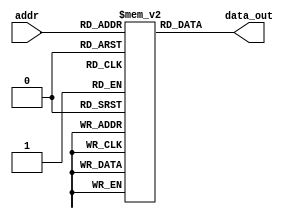
`timescale 1ns / 1ps
//////////////////////////////////////////////////////////////////////////////////
// Company: 
// Engineer: 
// 
// Design Name: 
// Module Name: InstMem
// Project Name: 
// Target Devices: 
// Tool Versions: 
// Description: 
// 
// Dependencies: 
// 
// Revision:
// Revision 0.01 - File Created
// Additional Comments:
// 
//////////////////////////////////////////////////////////////////////////////////


module InstMem (input [9:0] addr, output [31:0] data_out);
 reg [31:0] mem [0:1023];
 assign data_out = mem[addr];
 

initial begin
//    mem[0] = 32'h00a00093;//addi x1, x0, 10 //10
//    mem[1] = 32'b11111111101100001000000010010011;//addi x1, x1, -5 //5
//    mem[2] = 32'b00000000011100001111000100010011;//andi x2, x1, 7  //5
//    mem[3] = 32'b00000000001000001110000110010011;//ori x3, x1, 2 //7
//    mem[4] = 32'b00000000101000010010001000010011;//slti x4, x2, 10 //1
//    mem[5] = 32'b00000000000000010010001010010011;//slti x5, x2, 0 //0
//    mem[6] = 32'b11111111101000010011001100010011;//sltiu x6, x2, -6 //1
//    mem[7] = 32'b11111111110000010011001110010011;//sltiu x7, x2, -4 //1 
//    mem[8] = 32'b00000000110100010100010000010011;//xori x8, x2, 13 //8
//    mem[9] = 32'b00000000001000010001010010010011;//slli x9, x2, 2 //20
//    mem[10] = 32'b00000000001000010101010100010011;//srli x10, x2, 2 //1
//    mem[11] = 32'b11111111111000000000010110010011;//addi x11, x0, -2 //-2
//    mem[12] = 32'b01000000000101011101011000010011;//srai x12, x11, 1 //-1   
    
    
//    mem[13] = 32'b00000000010100000000000010010011;//addi x1, x0, 5 //5
//    mem[14] = 32'b00000000001100000000000100010011;//addi x2, x0, 3 //3
//    mem[15] = 32'b00000000001000001000000110110011;//add x3, x1, x2  //8
//    mem[16] = 32'b01000000001000001000001000110011;//sub x4, x1, x2 //2
//    mem[17] = 32'b00000000001000001001001010110011;//sll x5, x1, x2 //40
//    mem[18] = 32'b00000000001000001101001100110011;//srl x6, x1, x2 //0
//    mem[19] = 32'h4013d43;//sra x8, x7, x1 //0 ?
//    mem[20] = 32'h0020f4b3;//and x9, x1, x2 //1
//    mem[21] = 32'h0x0020e533;//or x10, x1, x2 //7
//    mem[22] = 32'h0x0020c5b3;//xor x11, x1, x2 //6
//    mem[23] = 32'h0x00112633;//slt x12, x2, x1 //1
//    mem[24] = 32'h0x0070b6b3;//sltu x13, x1, x7 //0  
                 
                 
//    mem[25] = 32'h0x0002a0b7;//lui x1, 42 //172032
                 
                 
//    mem[26] = 32'h00102823;//sw x1, 16(x0) //172032
//    mem[27] = 32'h00201a23;//sh x2, 20(x0) //3
//    mem[28] = 32'h00300c23;//sb x3, 24(x0) //8
//    mem[29] = 32'h01002083;// lw x1, 16(x0)  // 5
//    mem[30] = 32'h01401103;// lh x2, 20(x0)  // 3
//    mem[31] = 32'h01800183;// lb x3, 24(x0)  // 8
//    mem[32] = 32'h01805203;// lhu x4,24(x0)  // 8
//    mem[33] = 32'h01804283;// lbu x5,24(x0)  // 8  
//    mem[34] = 32'h00090517; // auipc x10, 144//589960 
//    mem[35] = 32'h008000ef; //jal x1,8 //
//    mem[36] = 32'h00b50e63; // fence 
//    mem[37] = 32'h08b50c63; //beq x10, x11, 152 //no jump
//    mem[38] = 32'h00b51463;//bne x10, x11, 8 //jump
//    mem[39] = 32'h00000073; // ecall 
//    mem[40] = 32'h01700b93; //addi x23, x0,23 //23
//    mem[41] = 32'h06b65063; // bge x12, x11, 96 //no jump
//    mem[42] = 32'h04c5ce63; //blt x11, x12, 92 //no jump
//    mem[43] = 32'h04b67c63; //bgeu x12, x11, 88 //no jump
//    mem[44] = 32'h04c5ea63; //bltu x11, x12, 84 //no jump
//    mem[45] = 32'h00100073;// ebreak
//    mem[46] = 32'h00008067; // jalr x0, 0(x1) 


//mem[0]  = 32'h00a00093; // addi x1, x0, 10 //10
//mem[1]  = 32'b0000000_00000_00000_000_00000_0110011; // noop
//mem[2]  = 32'b0000000_00000_00000_000_00000_0110011; // noop
//mem[3]  = 32'b0000000_00000_00000_000_00000_0110011; // noop
//mem[4]  = 32'b11111111101100001000000010010011; // addi x1, x1, -5 //5
//mem[5]  = 32'b0000000_00000_00000_000_00000_0110011; // noop
//mem[6]  = 32'b0000000_00000_00000_000_00000_0110011; // noop
//mem[7]  = 32'b0000000_00000_00000_000_00000_0110011; // noop
//mem[8]  = 32'b00000000011100001111000100010011; // andi x2, x1, 7  //5
//mem[9]  = 32'b0000000_00000_00000_000_00000_0110011; // noop
//mem[10] = 32'b0000000_00000_00000_000_00000_0110011; // noop
//mem[11] = 32'b0000000_00000_00000_000_00000_0110011; // noop
//mem[12] = 32'b00000000001000001110000110010011; // ori x3, x1, 2 //7
//mem[13] = 32'b0000000_00000_00000_000_00000_0110011; // noop
//mem[14] = 32'b0000000_00000_00000_000_00000_0110011; // noop
//mem[15] = 32'b0000000_00000_00000_000_00000_0110011; // noop
//mem[16] = 32'b00000000101000010010001000010011; // slti x4, x2, 10 //1
//mem[17] = 32'b0000000_00000_00000_000_00000_0110011; // noop
//mem[18] = 32'b0000000_00000_00000_000_00000_0110011; // noop
//mem[19] = 32'b0000000_00000_00000_000_00000_0110011; // noop
//mem[20] = 32'b00000000000000010010001010010011; // slti x5, x2, 0 //0
//mem[21] = 32'b0000000_00000_00000_000_00000_0110011; // noop
//mem[22] = 32'b0000000_00000_00000_000_00000_0110011; // noop
//mem[23] = 32'b0000000_00000_00000_000_00000_0110011; // noop
//mem[24] = 32'b11111111101000010011001100010011; // sltiu x6, x2, -6 //1
//mem[25] = 32'b0000000_00000_00000_000_00000_0110011; // noop
//mem[26] = 32'b0000000_00000_00000_000_00000_0110011; // noop
//mem[27] = 32'b0000000_00000_00000_000_00000_0110011; // noop
//mem[28] = 32'b11111111110000010011001110010011; // sltiu x7, x2, -4 //1
//mem[29] = 32'b0000000_00000_00000_000_00000_0110011; // noop
//mem[30] = 32'b0000000_00000_00000_000_00000_0110011; // noop
//mem[31] = 32'b0000000_00000_00000_000_00000_0110011; // noop
//mem[32] = 32'b00000000110100010100010000010011; // xori x8, x2, 13 //8
//mem[33] = 32'b0000000_00000_00000_000_00000_0110011; // noop
//mem[34] = 32'b0000000_00000_00000_000_00000_0110011; // noop
//mem[35] = 32'b0000000_00000_00000_000_00000_0110011; // noop
//mem[36] = 32'b00000000001000010001010010010011; // slli x9, x2, 2 //20
//mem[37] = 32'b0000000_00000_00000_000_00000_0110011; // noop
//mem[38] = 32'b0000000_00000_00000_000_00000_0110011; // noop
//mem[39] = 32'b0000000_00000_00000_000_00000_0110011; // noop
//mem[40] = 32'b00000000001000010101010100010011; // srli x10, x2, 2 //1
//mem[41] = 32'b0000000_00000_00000_000_00000_0110011; // noop
//mem[42] = 32'b0000000_00000_00000_000_00000_0110011; // noop
//mem[43] = 32'b0000000_00000_00000_000_00000_0110011; // noop
//mem[44] = 32'b11111111111000000000010110010011; // addi x11, x0, -2 //-2
//mem[45] = 32'b0000000_00000_00000_000_00000_0110011; // noop
//mem[46] = 32'b0000000_00000_00000_000_00000_0110011; // noop
//mem[47] = 32'b0000000_00000_00000_000_00000_0110011; // noop
//mem[48] = 32'b01000000000101011101011000010011; // srai x12, x11, 1 //-1
//mem[49] = 32'b0000000_00000_00000_000_00000_0110011; // noop
//mem[50] = 32'b0000000_00000_00000_000_00000_0110011; // noop
//mem[51] = 32'b0000000_00000_00000_000_00000_0110011; // noop
//mem[52] = 32'b00000000010100000000000010010011; // addi x1, x0, 5 //5
//mem[53] = 32'b0000000_00000_00000_000_00000_0110011; // noop
//mem[54] = 32'b0000000_00000_00000_000_00000_0110011; // noop
//mem[55] = 32'b0000000_00000_00000_000_00000_0110011; // noop
//mem[56] = 32'b00000000001100000000000100010011; // addi x2, x0, 3 //3
//mem[57] = 32'b0000000_00000_00000_000_00000_0110011; // noop
//mem[58] = 32'b0000000_00000_00000_000_00000_0110011; // noop
//mem[59] = 32'b0000000_00000_00000_000_00000_0110011; // noop
//mem[60] = 32'b00000000001000001000000110110011; // add x3, x1, x2  //8
//mem[61] = 32'b0000000_00000_00000_000_00000_0110011; // noop
//mem[62] = 32'b0000000_00000_00000_000_00000_0110011; // noop
//mem[63] = 32'b0000000_00000_00000_000_00000_0110011; // noop
//mem[64] = 32'b01000000001000001000001000110011; // sub x4, x1, x2 //2
//mem[65] = 32'b0000000_00000_00000_000_00000_0110011; // noop
//mem[66] = 32'b0000000_00000_00000_000_00000_0110011; // noop
//mem[67] = 32'b0000000_00000_00000_000_00000_0110011; // noop
//mem[68] = 32'b00000000001000001001001010110011; // sll x5, x1, x2 //40
//mem[69] = 32'b0000000_00000_00000_000_00000_0110011; // noop
//mem[70] = 32'b0000000_00000_00000_000_00000_0110011; // noop
//mem[71] = 32'b0000000_00000_00000_000_00000_0110011; // noop
//mem[72] = 32'b00000000001000001101001100110011; // srl x6, x1, x2 //0
//mem[73] = 32'b0000000_00000_00000_000_00000_0110011; // noop
//mem[74] = 32'b0000000_00000_00000_000_00000_0110011; // noop
//mem[75] = 32'b0000000_00000_00000_000_00000_0110011; // noop
//mem[76] = 32'h4013d433; // sra x8, x7, x1 //0 
//mem[77] = 32'b0000000_00000_00000_000_00000_0110011; // noop
//mem[78] = 32'b0000000_00000_00000_000_00000_0110011; // noop
//mem[79] = 32'b0000000_00000_00000_000_00000_0110011; // noop
//mem[80] = 32'h0020f4b3; // and x9, x1, x2 //1
//mem[81]  = 32'b0000000_00000_00000_000_00000_0110011; // noop
//mem[82]  = 32'b0000000_00000_00000_000_00000_0110011; // noop
//mem[83]  = 32'b0000000_00000_00000_000_00000_0110011; // noop
//mem[84]  = 32'h0020e533; // or x10, x1, x2 //7
//mem[85]  = 32'b0000000_00000_00000_000_00000_0110011; // noop
//mem[86]  = 32'b0000000_00000_00000_000_00000_0110011; // noop
//mem[87]  = 32'b0000000_00000_00000_000_00000_0110011; // noop
//mem[88]  = 32'h0020c5b3; // xor x11, x1, x2 //6
//mem[89]  = 32'b0000000_00000_00000_000_00000_0110011; // noop
//mem[90]  = 32'b0000000_00000_00000_000_00000_0110011; // noop
//mem[91]  = 32'b0000000_00000_00000_000_00000_0110011; // noop
//mem[92]  = 32'h00112633; // slt x12, x2, x1 //1
//mem[93]  = 32'b0000000_00000_00000_000_00000_0110011; // noop
//mem[94]  = 32'b0000000_00000_00000_000_00000_0110011; // noop
//mem[95]  = 32'b0000000_00000_00000_000_00000_0110011; // noop
//mem[96]  = 32'h0070b6b3; // sltu x13, x1, x7 //0
//mem[97]  = 32'b0000000_00000_00000_000_00000_0110011; // noop
//mem[98]  = 32'b0000000_00000_00000_000_00000_0110011; // noop
//mem[99]  = 32'b0000000_00000_00000_000_00000_0110011; // noop
//mem[100] = 32'h0002a0b7; // lui x1, 42 //172032
//mem[101] = 32'b0000000_00000_00000_000_00000_0110011; // noop
//mem[102] = 32'b0000000_00000_00000_000_00000_0110011; // noop
//mem[103] = 32'b0000000_00000_00000_000_00000_0110011; // noop
//mem[104] = 32'h00102823; // sw x1, 16(x0) //172032
//mem[105] = 32'b0000000_00000_00000_000_00000_0110011; // noop
//mem[106] = 32'b0000000_00000_00000_000_00000_0110011; // noop
//mem[107] = 32'h00201a23; // sh x2, 20(x0) //3
//mem[108] = 32'b0000000_00000_00000_000_00000_0110011; // noop
//mem[109] = 32'b0000000_00000_00000_000_00000_0110011; // noop
//mem[110] = 32'h00300c23; // sb x3, 24(x0) //8
//mem[111] = 32'b0000000_00000_00000_000_00000_0110011; // noop
//mem[112] = 32'b0000000_00000_00000_000_00000_0110011; // noop
//mem[113] = 32'b0000000_00000_00000_000_00000_0110011; // noop
//mem[114] = 32'h01002083; // lw x1, 16(x0)  // 172032
//mem[115] = 32'b0000000_00000_00000_000_00000_0110011; // noop
//mem[116] = 32'b0000000_00000_00000_000_00000_0110011; // noop
//mem[117] = 32'b0000000_00000_00000_000_00000_0110011; // noop
//mem[118] = 32'h01401103; // lh x2, 20(x0)  // 3
//mem[119] = 32'b0000000_00000_00000_000_00000_0110011; // noop
//mem[120] = 32'b0000000_00000_00000_000_00000_0110011; // noop
//mem[121] = 32'b0000000_00000_00000_000_00000_0110011; // noop
//mem[122] = 32'h01800183; // lb x3, 24(x0)  // 8
//mem[123] = 32'b0000000_00000_00000_000_00000_0110011; // noop
//mem[124] = 32'b0000000_00000_00000_000_00000_0110011; // noop
//mem[125] = 32'b0000000_00000_00000_000_00000_0110011; // noop
//mem[126] = 32'h01805203; // lhu x4,24(x0)  // 8
//mem[127] = 32'b0000000_00000_00000_000_00000_0110011; // noop
//mem[128] = 32'b0000000_00000_00000_000_00000_0110011; // noop
//mem[129] = 32'b0000000_00000_00000_000_00000_0110011; // noop
//mem[130] = 32'h01804283; // lbu x5,24(x0)  // 8
//mem[131] = 32'b0000000_00000_00000_000_00000_0110011; // noop
//mem[132] = 32'b0000000_00000_00000_000_00000_0110011; // noop
//mem[133] = 32'b0000000_00000_00000_000_00000_0110011; // noop
//mem[134] = 32'h00090517; // auipc x10, 144//589960
//mem[135] = 32'b0000000_00000_00000_000_00000_0110011; // noop
//mem[136] = 32'b0000000_00000_00000_000_00000_0110011; // noop
//mem[137] = 32'b0000000_00000_00000_000_00000_0110011; // noop
//mem[138] = 32'h008000ef; // jal x1,8 //
//mem[139] = 32'b0000000_00000_00000_000_00000_0110011; // noop
//mem[140] = 32'b0000000_00000_00000_000_00000_0110011; // noop
//mem[141] = 32'b0000000_00000_00000_000_00000_0110011; // noop
//mem[142] = 32'h00b50e63; // fence
//mem[143] = 32'b0000000_00000_00000_000_00000_0110011; // noop
//mem[144] = 32'b0000000_00000_00000_000_00000_0110011; // noop
//mem[145] = 32'b0000000_00000_00000_000_00000_0110011; // noop
//mem[146] = 32'h08b50c63; // beq x10, x11, 152 //no jump
//mem[147] = 32'b0000000_00000_00000_000_00000_0110011; // noop
//mem[148] = 32'b0000000_00000_00000_000_00000_0110011; // noop
//mem[149] = 32'b0000000_00000_00000_000_00000_0110011; // noop
//mem[150] = 32'h00b51463; // bne x10, x11, 8 //jump
//mem[151] = 32'b0000000_00000_00000_000_00000_0110011; // noop
//mem[152] = 32'b0000000_00000_00000_000_00000_0110011; // noop
//mem[153] = 32'b0000000_00000_00000_000_00000_0110011; // noop
//mem[154] = 32'h00000073; // ecall
//mem[155] = 32'b0000000_00000_00000_000_00000_0110011; // noop
//mem[156] = 32'b0000000_00000_00000_000_00000_0110011; // noop
//mem[157] = 32'b0000000_00000_00000_000_00000_0110011; // noop
//mem[158] = 32'h01700b93; // addi x23, x0,23 //23
//mem[159] = 32'b0000000_00000_00000_000_00000_0110011; // noop
//mem[160] = 32'b0000000_00000_00000_000_00000_0110011; // noop
//mem[161] = 32'b0000000_00000_00000_000_00000_0110011; // noop
//mem[162] = 32'h06b65063; // bge x12, x11, 96 //no jump
//mem[163] = 32'b0000000_00000_00000_000_00000_0110011; // noop
//mem[164] = 32'b0000000_00000_00000_000_00000_0110011; // noop
//mem[165] = 32'b0000000_00000_00000_000_00000_0110011; // noop
//mem[166] = 32'h04c5ce63; // blt x11, x12, 92 //no jump
//mem[167] = 32'b0000000_00000_00000_000_00000_0110011; // noop
//mem[168] = 32'b0000000_00000_00000_000_00000_0110011; // noop
//mem[169] = 32'b0000000_00000_00000_000_00000_0110011; // noop
//mem[170] = 32'h04b67c63; // bgeu x12, x11, 88
//mem[171] = 32'b0000000_00000_00000_000_00000_0110011; // noop
//mem[172] = 32'b0000000_00000_00000_000_00000_0110011; // noop
//mem[173] = 32'b0000000_00000_00000_000_00000_0110011; // noop
//mem[174] = 32'h04c5ea63; // bltu x12, x11, 84 //no jump
//mem[175] = 32'b0000000_00000_00000_000_00000_0110011; // noop
//mem[176] = 32'b0000000_00000_00000_000_00000_0110011; // noop
//mem[177] = 32'b0000000_00000_00000_000_00000_0110011; // noop
//mem[178] = 32'h00100073; // ebreak
//mem[179] = 32'b0000000_00000_00000_000_00000_0110011; // noop
//mem[180] = 32'b0000000_00000_00000_000_00000_0110011; // noop
//mem[181] = 32'b0000000_00000_00000_000_00000_0110011; // noop
//mem[182] = 32'h00008067; // jalr x0, 0(x1)
//mem[183] = 32'b0000000_00000_00000_000_00000_0110011; // noop
//mem[184] = 32'b0000000_00000_00000_000_00000_0110011; // noop
//mem[185] = 32'b0000000_00000_00000_000_00000_0110011; // noop


    mem[0]=32'b0000000_00000_00000_000_00000_0110011 ; //add x0, x0, x0
    mem[1]=32'b0000000_00000_00000_000_00000_0110011 ; //add x0, x0, x0
    mem[2]=32'b0000000_00000_00000_000_00000_0110011 ; //add x0, x0, x0
    mem[3]=32'b000000000000_00000_010_00001_0000011 ; //lw x1, 0(x0)
    mem[4]=32'b000000000100_00000_010_00010_0000011 ; //lw x2, 4(x0)
    mem[5]=32'b000000001000_00000_010_00011_0000011 ; //lw x3, 8(x0)
    mem[6]=32'b0000000_00010_00001_110_00100_0110011 ; //or x4, x1, x2
    mem[7]=32'h00320463; //beq x4, x3, 8
    mem[8]=32'b0000000_00010_00001_000_00011_0110011 ; //add x3, x1, x2
    mem[9]=32'b0000000_00010_00011_000_00101_0110011 ; //add x5, x3, x2
    mem[10]=32'b0000000_00101_00000_010_01100_0100011; //sw x5, 12(x0)
    mem[11]=32'b000000001100_00000_010_00110_0000011 ; //lw x6, 12(x0)
    mem[12]=32'b0000000_00000_00000_000_00000_0110011 ; //add x0, x0, x0
    mem[13]=32'b0000000_00001_00110_111_00111_0110011 ; //and x7, x6, x1
    mem[14]=32'b0100000_00010_00001_000_01000_0110011 ; //sub x8, x1, x2
    mem[15]=32'b0000000_00010_00001_000_00000_0110011 ; //add x0, x1, x2
    mem[16]=32'b0000000_00001_00000_000_01001_0110011 ; //add x9, x0, x1              
                  
                  
end               
                  
                  
                  
endmodule